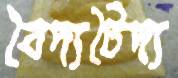
বৈদ্যটৈদ্য